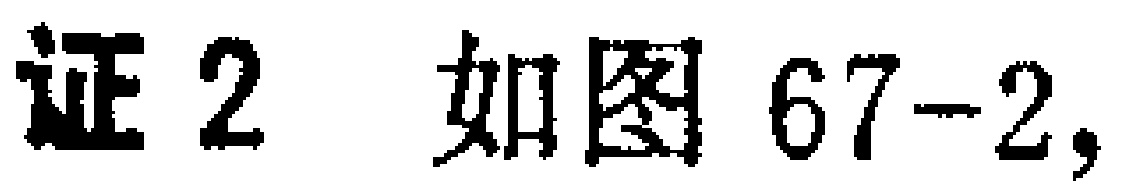
证2 如图67-2,